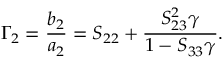
\Gamma _ { 2 } = \frac { b _ { 2 } } { a _ { 2 } } = S _ { 2 2 } + \frac { S _ { 2 3 } ^ { 2 } \gamma } { 1 - S _ { 3 3 } \gamma } .